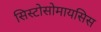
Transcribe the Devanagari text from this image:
सिस्टोसोमायसिस